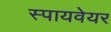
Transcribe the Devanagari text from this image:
स्पायवेयर